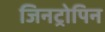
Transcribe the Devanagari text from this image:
जिनट्रोपिन